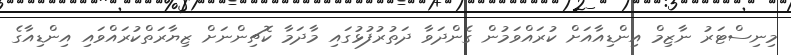
މިނިސްޓަރު ނާޒިމް އިންޑިއާއަށް ކުރައްވަމުން ގެންދަވާ ދަތުރުފުޅުގައި މާދަމާ ކޮޗިންނަށް ޒިޔާރަތްކުރައްވައި އިންޑިއާގެ